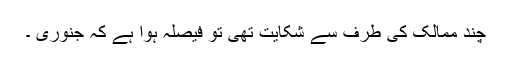
چند ممالک کی طرف سے شکایت تھی تو فیصلہ ہوا ہے کہ جنوری ۔